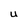
Character: U